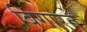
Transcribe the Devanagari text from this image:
बिगारते